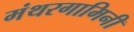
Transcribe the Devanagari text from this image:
मंथरगामिनी